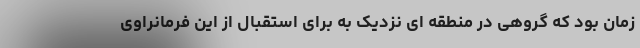
زمان بود که گروهی در منطقه ای نزدیک به برای استقبال از این فرمانراوی